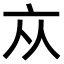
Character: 𠅃